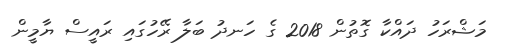
މަޝްރަހު ދައްކާ ގޮތުން 2018 ގެ ހަނދު ބަލާ ރޭހުގައި ރައީސް ޔާމީން